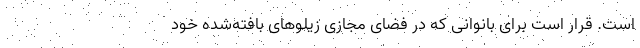
است. قرار است برای بانوانی که در فضای مجازی زیلوهای بافته‌شده خود